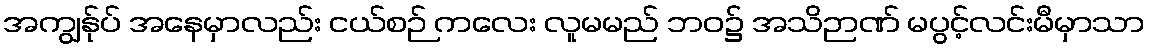
အကျွန်ုပ် အနေမှာလည်း ငယ်စဉ် ကလေး လူမမည် ဘဝ၌ အသိဉာဏ် မပွင့်လင်းမီမှာသာ